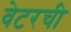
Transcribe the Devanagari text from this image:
वेटरची